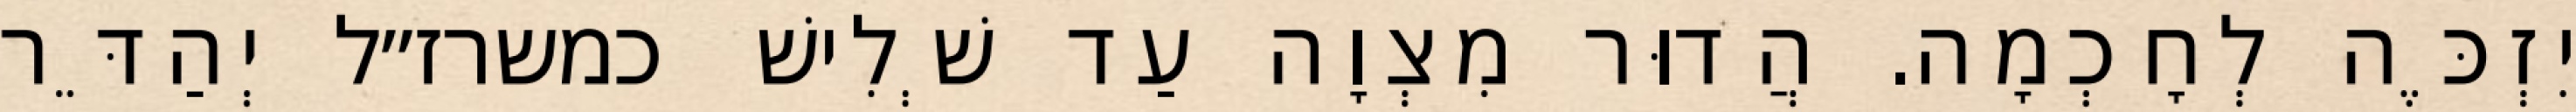
יִזְכֶּה לְחָכְמָה. הֲדוּר מִצְוָה עַד שְׁלִישׁ כמשרז״ל יְהַדֵּר